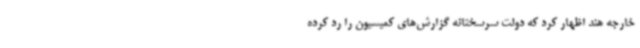
خارجه هند اظهار کرد که دولت سرسختانه گزارش‌های کمیسیون را رد کرده